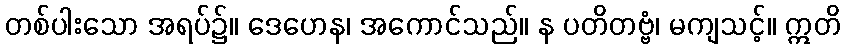
တစ်ပါးသော အရပ်၌။ ဒေဟေန၊ အကောင်သည်။ န ပတိတဗ္ဗံ၊ မကျသင့်။ ဣတိ